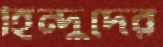
হিন্দুদের